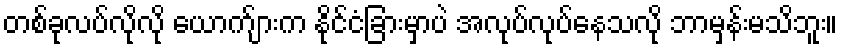
တစ်ခုလပ်လိုလို ယောက်ျားက နိုင်ငံခြားမှာပဲ အလုပ်လုပ်နေသလို ဘာမှန်းမသိဘူး။